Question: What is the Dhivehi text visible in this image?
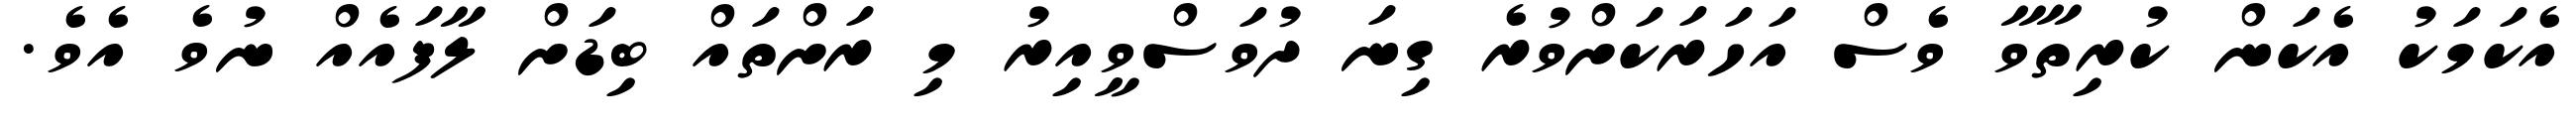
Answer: އެކަމަކު އެކަން ކުރިތާވާ ވެސް އަހަރަކަށްވުރެ ގިނަ ދުވަސްވީއިރު މި ރަށްތައް ބިޑަށް ލާފައެއް ނުވެ އެވެ.